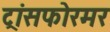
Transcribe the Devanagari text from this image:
ट्रांसफोरमर